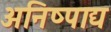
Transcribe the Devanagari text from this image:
अनिष्पाद्य